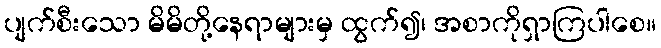
ပျက်စီးသော မိမိတို့နေရာများမှ ထွက်၍၊ အစာကိုရှာကြပါစေ။